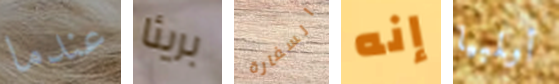
عندما بريئا السفارة إنه أولمبيا